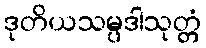
ဒုတိယသမ္ပဒါသုတ္တံ